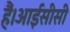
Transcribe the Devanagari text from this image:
हैं।आईसीसी